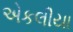
એકલીયા